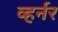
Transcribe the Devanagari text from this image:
व्हर्नर